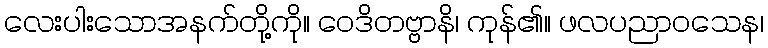
လေးပါးသောအနက်တို့ကို။ ဝေဒိတဗ္ဗာနိ၊ ကုန်၏။ ဖလပညာဝသေန၊